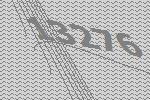
13276